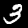
Label: 3